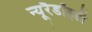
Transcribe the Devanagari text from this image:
न्यूरैडॉइडी